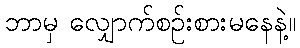
ဘာမှ လျှောက်စဉ်းစားမနေနဲ့။